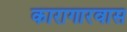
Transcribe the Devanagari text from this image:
कारागारवास